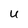
Character: U